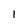
Character: 1